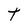
Character: t